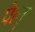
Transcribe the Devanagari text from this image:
पेल्